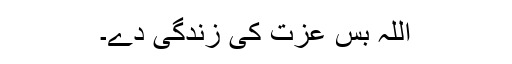
اللہ بس عزت کی زندگی دے۔